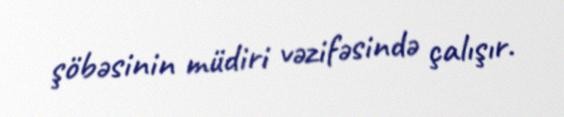
şöbəsinin müdiri vəzifəsində çalışır.